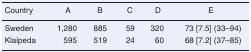
<table><thead><tr><td><b>Country</b></td><td><b>A</b></td><td><b>B</b></td><td><b>C</b></td><td><b>D</b></td><td><b>E</b></td></tr></thead><tbody><tr><td>Sweden</td><td>1,280</td><td>885</td><td>59</td><td>320</td><td>73 [7.5] (33–94)</td></tr><tr><td>Klaipeda</td><td>595</td><td>519</td><td>24</td><td>60</td><td>68 [7.2] (37–85)</td></tr></tbody></table>